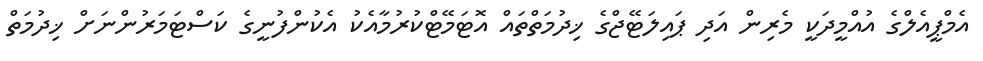
އެމްޕީއެލްގެ އުއްމީދަކީ މެރިން އަދި ޕައިލަޓޭޖްގެ ޚިދުމަތްތައް އޮޓަމޭޓްކުރުމާއެކު އެކުންފުނީގެ ކަސްޓަމަރުންނަށް ޚިދުމަތް